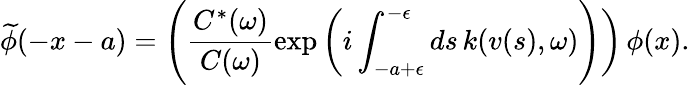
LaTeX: \widetilde{\phi}(-x-a)=\Biggl(\frac{C^{*}(\omega)}{C(\omega)}\exp\left(i\int_{-a+\epsilon}^{-\epsilon}ds\, k(v(s),\omega)\Biggr)\right)\, \phi(x).